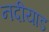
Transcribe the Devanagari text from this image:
नदीयाड